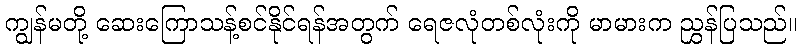
ကျွန်မတို့ ဆေးကြောသန့်စင်နိုင်ရန်အတွက် ရေဇလုံတစ်လုံးကို မာမားက ညွှန်ပြသည်။